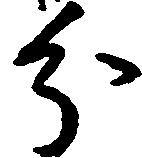
分